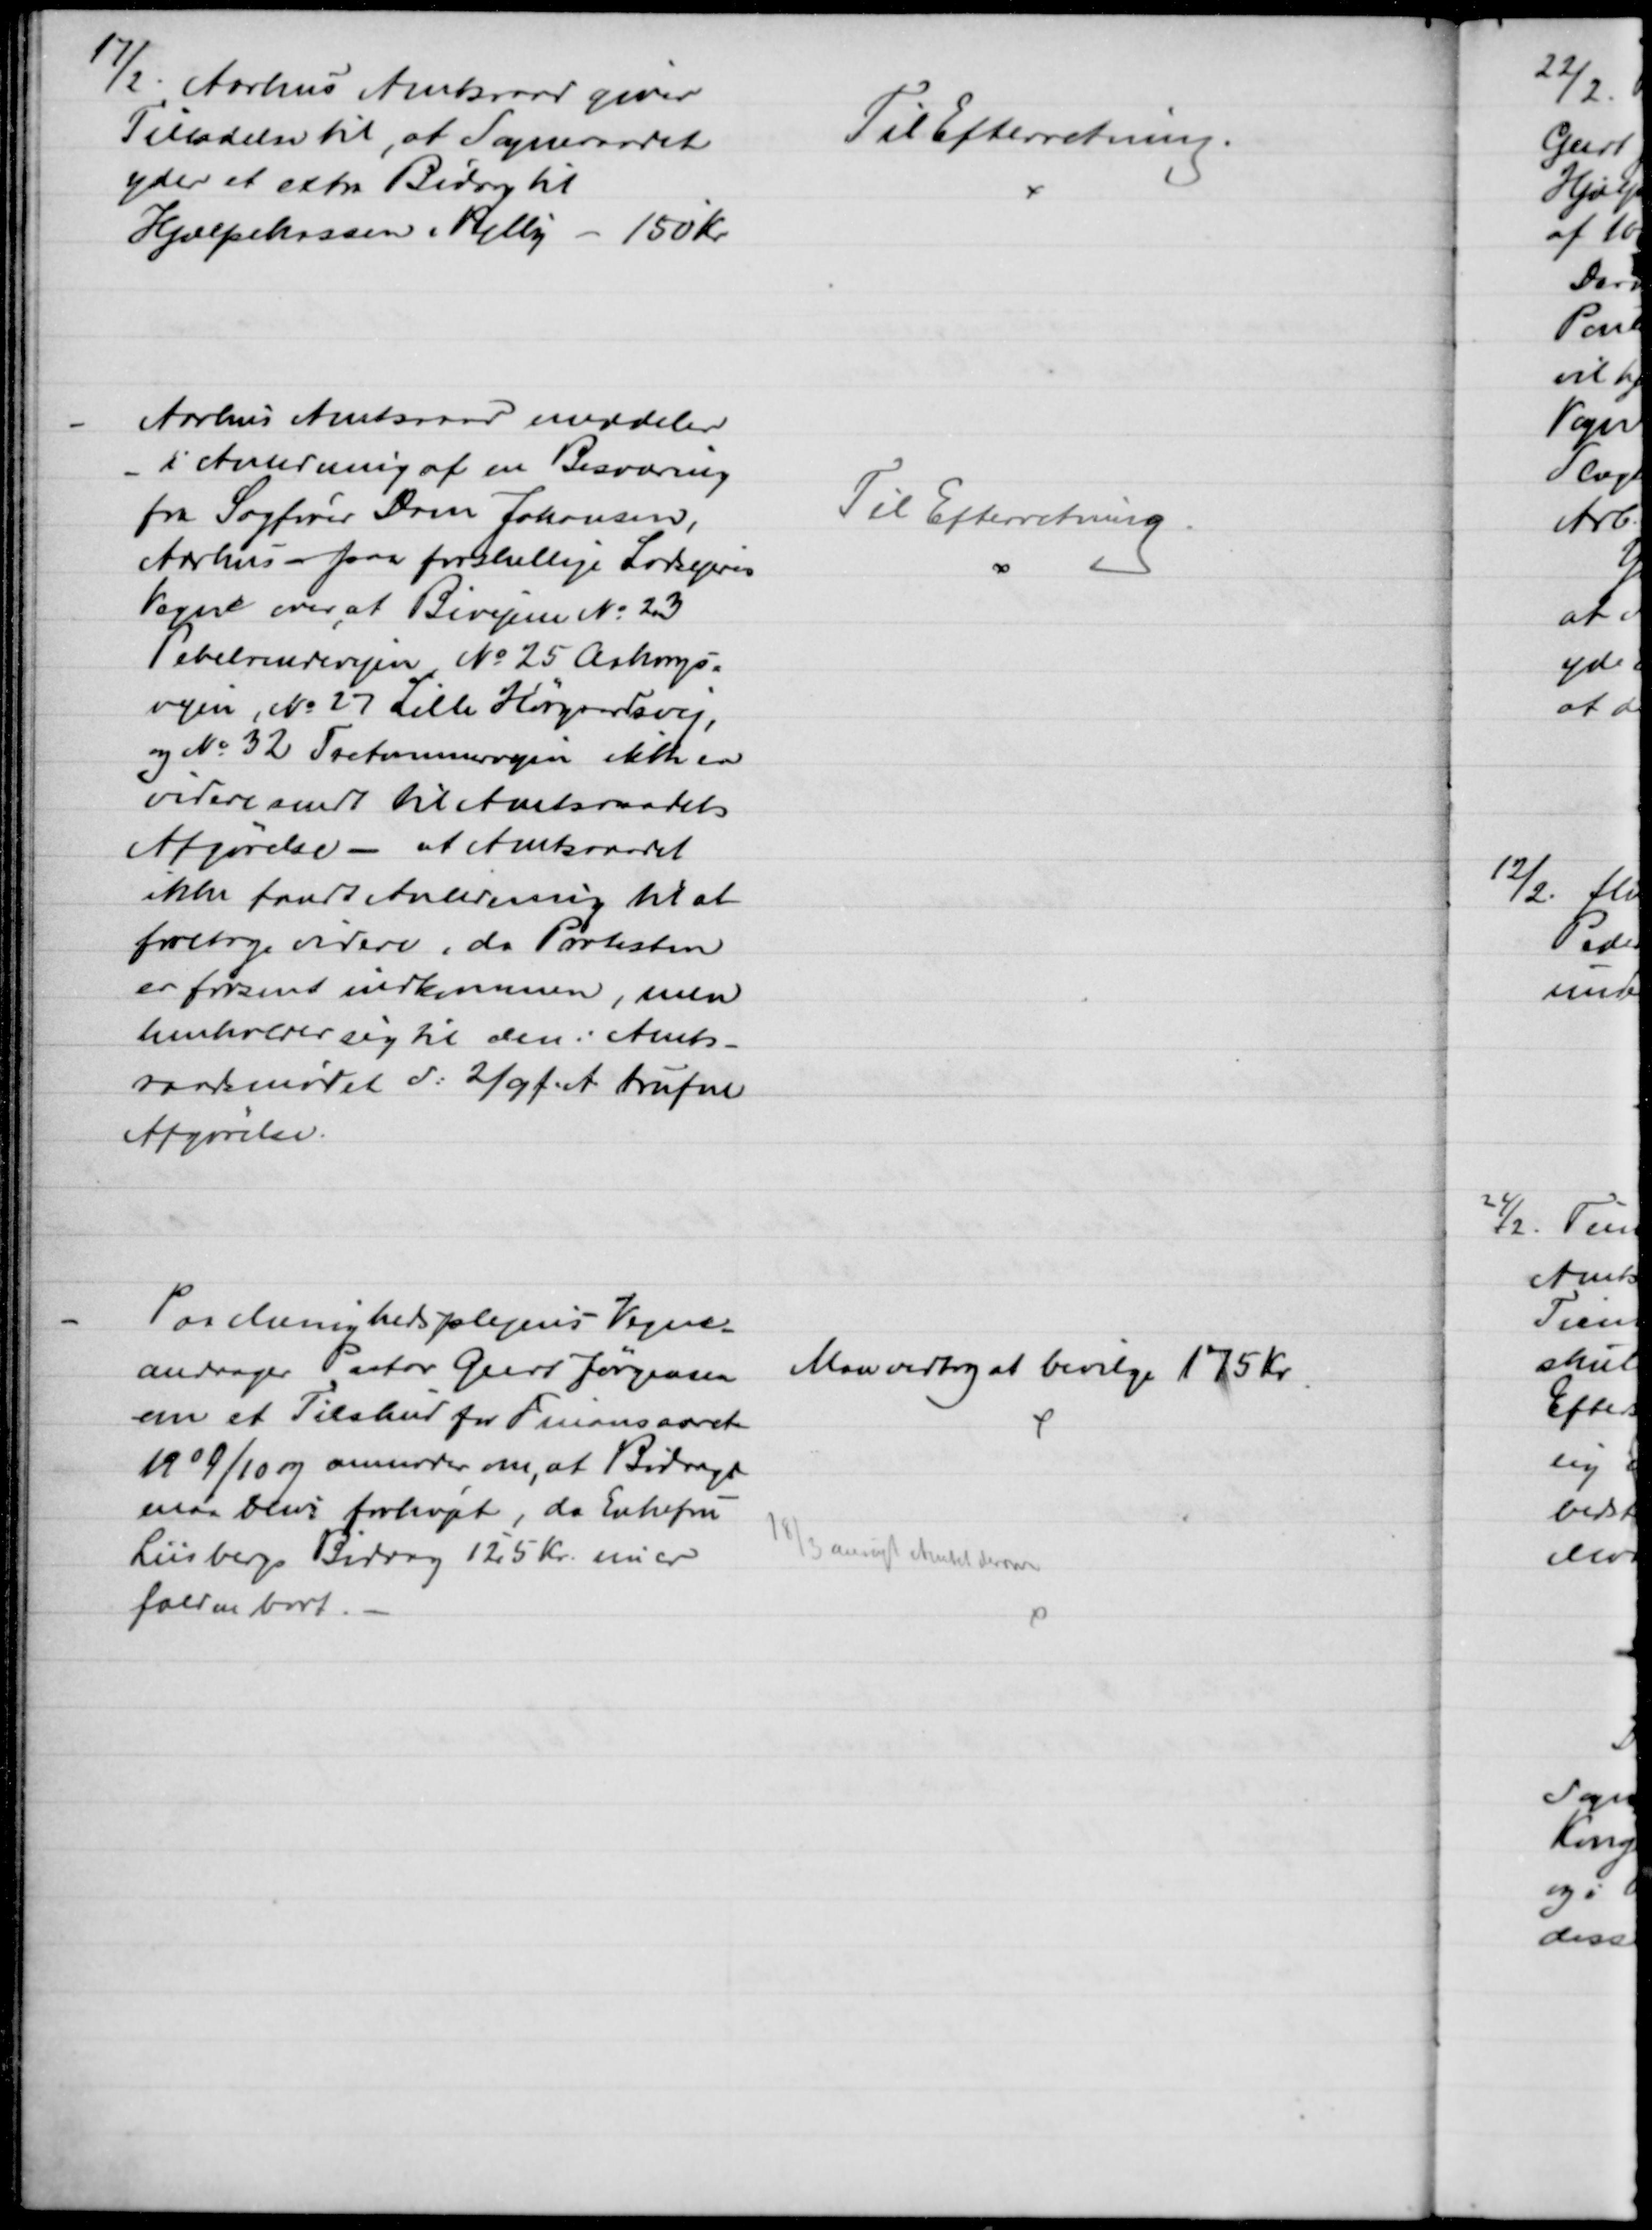
Transskription:
17/2 Aarhus Amtsraad giver
Tilladelse til, at Sogneraadet
yder et extra Bidrag til
Hjælpekassen i Vejlby - 150 Kr.
Til Efterretning.
Aarhus Amtsraad meddeler
i Anledning af en Besværing
fra Sagfører Søren Johansen,
Aarhus - paa forskellige Lodsejeres
Vegne over, at Bivejene № 23
Pebelrendevejen, № 25 Aakrogs-
vejen, № 27 Lille Hørgaardsvej,
og № 32 Tretommervejen ikke er
videresendt til Amtsraadets
Afgørelse - at Amtsraadet
ikke fandt Anledning til at 
foretage videre, da Protesten
er forsent indkommen, men
henholder sig til den i Amts-
raadsmødet d: 2/9 f. A. trufne
Afgørelse.
Til Efterretning
Paa Menighedsplejens Vegne -
andrager Pastor Geert Jørgensen
om et Tilskud for Finansaaret
1909/10 og anmoder om, at Bidraget
maa blive forhøjet, da Enkefru
Liisbergs Bidrag 125 Kr. nu er
falden bort.
Man vedtog at bevilge 175 Kr.
18/2 ansøgt Amtet derom